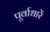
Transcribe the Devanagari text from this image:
पूर्वाधारें